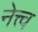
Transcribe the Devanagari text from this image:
नेत्त्व